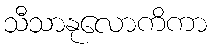
သီသာနုလောကိကာ